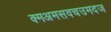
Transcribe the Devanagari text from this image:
क्मअमसवचउमदज